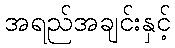
အရည်အချင်းနှင့်